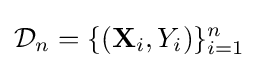
{\mathcal {D}}_{n}=\{(\mathbf {X} _{i},Y_{i})\}_{i=1}^{n}